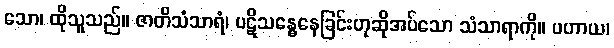
သော၊ ထိုသူသည်။ ဇာတိသံသာရံ၊ ပဋိသန္ဓေနေခြင်းဟုဆိုအပ်သော သံသာရာကို။ ပဟာယ၊